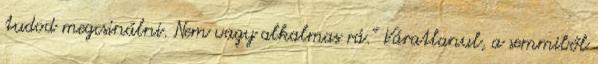
tudod megcsinálni. Nem vagy alkalmas rá.” Váratlanul, a semmiből